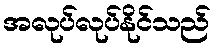
အလုပ်လုပ်နိုင်သည်